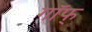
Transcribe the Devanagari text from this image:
गॉफ्